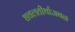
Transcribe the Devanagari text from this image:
धवलतीर्थाजवळ